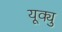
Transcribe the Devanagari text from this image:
यूक्यु